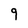
Character: g